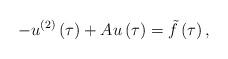
LaTeX: \begin{align*}-u^{\left( 2\right) }\left( \tau \right) +Au\left( \tau \right) =\tilde{f}\left( \tau \right) , \end{align*}